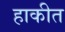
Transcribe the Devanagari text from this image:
हाकीत